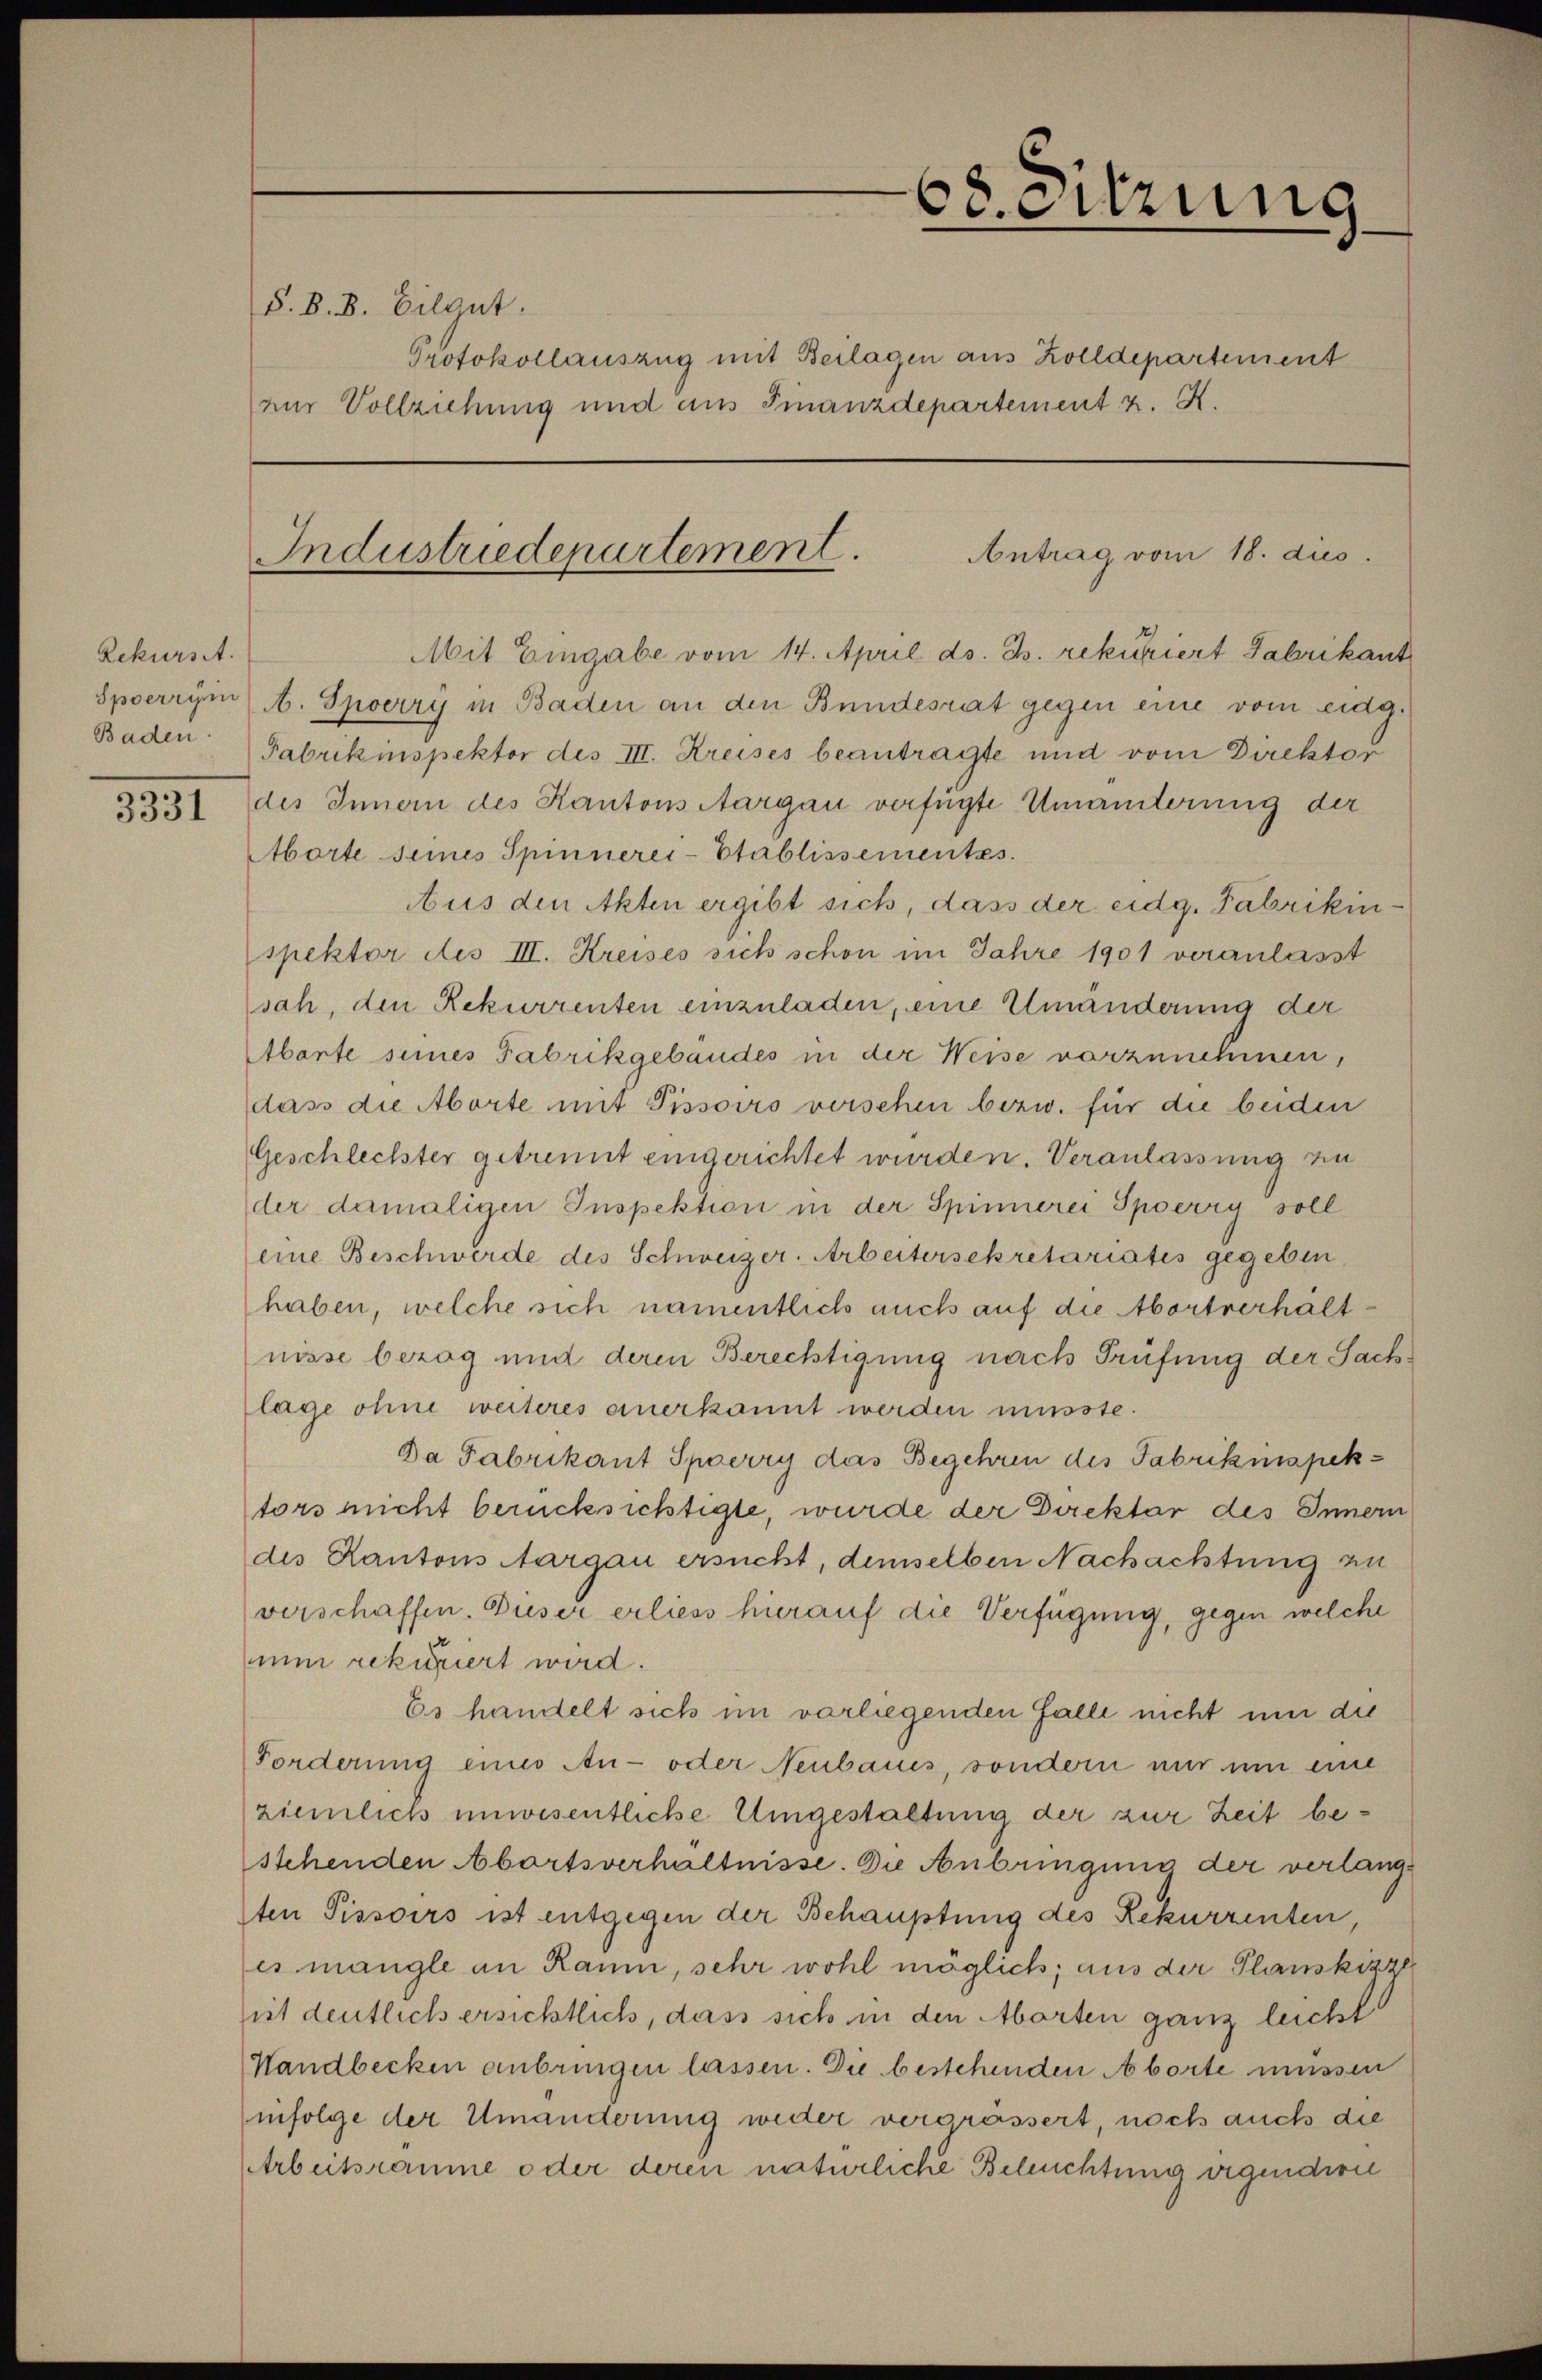
Rekurs.
Baden.

S. B. B. Gilgut.

Antrag vom 18. dies
Industriedepartement.

Protokollauszug mit Beilagen aus Zolldepartement
nur Vollziehung und aus Finanzdepartement z. K.

68. Sitzung

Mit Eingabe vom 14. April ds. Z. rekuriert Fabrikant
Spoerryin) A. Spoerry in Baden an den Bundesrat gegen eine vom eidg.
Fabrikinspektor des III. Kreises beantragte und vom Direktor
3331 des Innern des Kantons Aargau verfügte Umänterung der
Aborte seines Spinnerei-Etablissementes.
Aus den Akten ergibt sich, dass der eidg. Fabrikinspektor des III. Kreises sich schon im Jahre 1901 veranlasst
sah, den Rekurrenten einzuladen, eine Umänderung der
Abante seines Fabrikgebäudes in der Weise vorzunehmen,
dass die Aborte mit Pissoirs versehen bezw. für die beiden
Geschlechter getrennt eingerichtet wurden. Veranlassung zu
der damaligen Inspektion in der Spinnerei Spoerry soll
eine Beschwerde des Schweizer-Arbeitersekretariatis gegeben,
haben, welche sich namentlich auch auf die Abortverhältnisse bezog und deren Berechtigung nach Prüfung der Sachlage ohne weiteres einerkannt werden müsste.
Da Fabrikant Sperry das Begehren des Fabrikinspektors nicht berücksichtigte, wurde der Direktor des Innern
des Kantons Aargau ersucht, demselben Nachachtung zu
verschaffen. Dieser erliess hierauf die Verfügung, gegen welche
mun rekuriert wird.
Es handelt sich im vorliegenden Falle nicht um die
Forderung eines An- oder Neubaues, sondern nur um eine
ziemlich unwesentliche Umgestaltung der zur Zeit bestehenden Abortsverhältnisse. Die Anbringung der verlangten Pissoirs ist entgegen der Behauptung des Rekurrenten,
es mangle an Raum, sehr wohl möglich; aus der Planskizze
hit deutlich ersichtlich, dass sich in den Abarten ganz leicht
Handbecken anbringen lassen. Die bestehenden Aborte müssen
infolge der Umänderung weder vergrössert, noch auch die
Arbeitsraume oder deren natürliche Beleuchtung eigendire